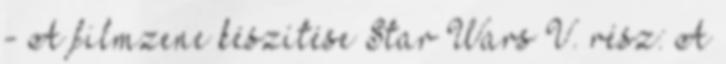
- A filmzene készítése Star Wars V. rész: A